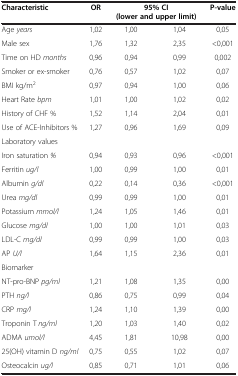
<table><thead><tr><td><b>Characteristic</b></td><td><b>OR</b></td><td colspan="2"><b>95% CI (lower and upper limit)</b></td><td><b>P-value</b></td></tr></thead><tbody><tr><td>Age <i>years</i></td><td>1,02</td><td>1,00</td><td>1,04</td><td>0,05</td></tr><tr><td>Male sex</td><td>1,76</td><td>1,32</td><td>2,35</td><td>&lt;0,001</td></tr><tr><td>Time on HD <i>months</i></td><td>0,96</td><td>0,94</td><td>0,99</td><td>0,002</td></tr><tr><td>Smoker or ex-smoker</td><td>0,76</td><td>0,57</td><td>1,02</td><td>0,07</td></tr><tr><td>BMI kg/m<sup>2</sup></td><td>0,97</td><td>0,94</td><td>1,00</td><td>0,06</td></tr><tr><td>Heart Rate <i>bpm</i></td><td>1,01</td><td>1,00</td><td>1,02</td><td>0,02</td></tr><tr><td>History of CHF %</td><td>1,52</td><td>1,14</td><td>2,04</td><td>0,01</td></tr><tr><td>Use of ACE-Inhibitors %</td><td>1,27</td><td>0,96</td><td>1,69</td><td>0,09</td></tr><tr><td>Laboratory values</td><td> </td><td> </td><td> </td><td> </td></tr><tr><td>Iron saturation <i>%</i></td><td>0,94</td><td>0,93</td><td>0,96</td><td>&lt;0,001</td></tr><tr><td>Ferritin <i>ug/l</i></td><td>1,00</td><td>0,99</td><td>1,00</td><td>0,01</td></tr><tr><td>Albumin <i>g/dl</i></td><td>0,22</td><td>0,14</td><td>0,36</td><td>&lt;0,001</td></tr><tr><td>Urea <i>mg/dl</i></td><td>0,99</td><td>0,99</td><td>1,00</td><td>0,01</td></tr><tr><td>Potassium <i>mmol/l</i></td><td>1,24</td><td>1,05</td><td>1,46</td><td>0,01</td></tr><tr><td>Glucose <i>mg/dl</i></td><td>1,00</td><td>1,00</td><td>1,01</td><td>0,03</td></tr><tr><td>LDL-C <i>mg/dl</i></td><td>0,99</td><td>0,99</td><td>1,00</td><td>0,03</td></tr><tr><td>AP <i>U/l</i></td><td>1,64</td><td>1,15</td><td>2,36</td><td>0,01</td></tr><tr><td>Biomarker</td><td> </td><td> </td><td> </td><td> </td></tr><tr><td>NT-pro-BNP <i>pg/ml</i></td><td>1,21</td><td>1,08</td><td>1,35</td><td>0,00</td></tr><tr><td>PTH <i>ng/l</i></td><td>0,86</td><td>0,75</td><td>0,99</td><td>0,04</td></tr><tr><td>CRP <i>mg/l</i></td><td>1,24</td><td>1,10</td><td>1,39</td><td>0,00</td></tr><tr><td>Troponin T <i>ng/ml</i></td><td>1,20</td><td>1,03</td><td>1,40</td><td>0,02</td></tr><tr><td>ADMA <i>umol/l</i></td><td>4,45</td><td>1,81</td><td>10,98</td><td>0,00</td></tr><tr><td>25(OH) vitamin D <i>ng/ml</i></td><td>0,75</td><td>0,55</td><td>1,02</td><td>0,07</td></tr><tr><td>Osteocalcin <i>ug/l</i></td><td>0,85</td><td>0,71</td><td>1,01</td><td>0,06</td></tr></tbody></table>